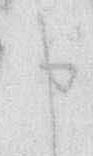
申